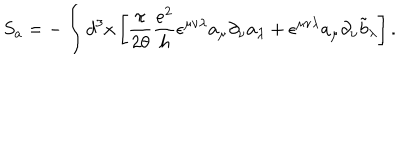
S _ { a } = - \int d ^ { 3 } x \left[ \frac { \pi } { 2 \theta } \frac { e ^ { 2 } } { h } \epsilon ^ { \mu \nu \lambda } a _ { \mu } \partial _ { \nu } a _ { \lambda } + \epsilon ^ { \mu \nu \lambda } a _ { \mu } \partial _ { \nu } { \tilde { b } } _ { \lambda } \right] .